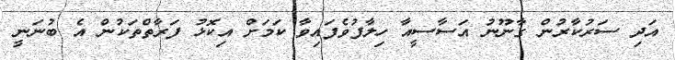
އަދި ސަރުކާރުން ގާނޫނު އަސާސީއާ ހިލާފުވެފައިވާ ކަަމަށް އިިކޮޅު ފަރާތްތަކުން އެ ބުނަނީ